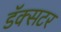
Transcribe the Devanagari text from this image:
डॅक्सटर